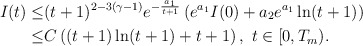
\begin{align*}I(t) \leq & (t+1)^{2-3(\gamma-1)}e^{-\frac{a_1}{t+1}} \left( e^{a_1} I(0)+a_2e^{a_1}\ln(t+1) \right)\\\displaystyle \leq & C\left((t+1)\ln(t+1)+t+1\right), \ t\in [0,T_m).\end{align*}